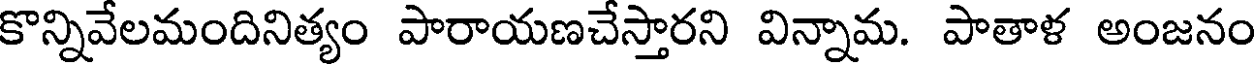
కొన్నివేలమందినిత్యం పారాయణచేస్తారని విన్నామ. పాతాళ అంజనం